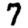
Digit: 7